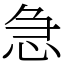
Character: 急